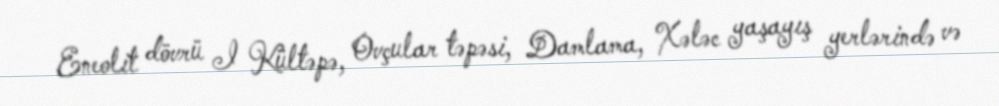
Eneolit dövrü I Kültəpə, Ovçular təpəsi, Damlama, Xələc yaşayış yerlərində və